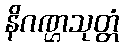
နိဂဏ္ဌသုတ္တံ